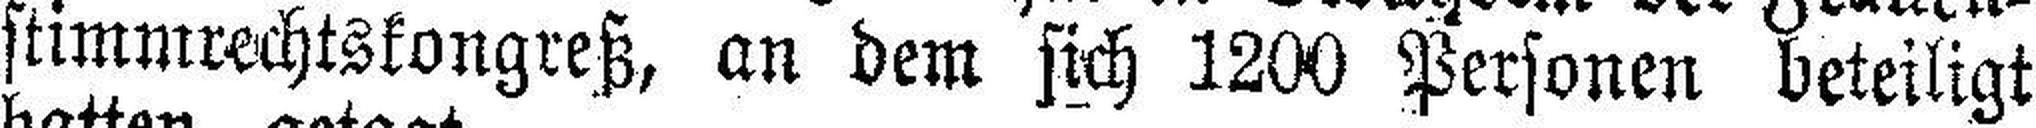
stimmrechtskongreß, an dem sich 1200 Personen beteiligt